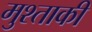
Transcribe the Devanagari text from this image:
मुश्ताकी